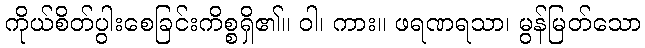
ကိုယ်စိတ်ပွါးစေခြင်းကိစ္စရှိ၏။ ဝါ၊ ကား။ ဖရဏရသာ၊ မွန်မြတ်သော